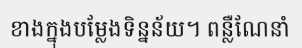
ខាងក្នុងបម្លែងទិន្នន័យ។ ពន្លឺណែនាំ